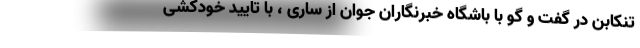
تنکابن در گفت و گو با باشگاه خبرنگاران جوان از ساری ، با تایید خودکشی